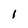
Character: 1